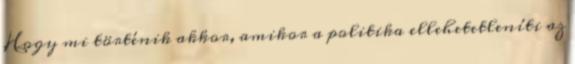
Hogy mi történik akkor, amikor a politika ellehetetleníti az